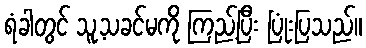
ရံခါတွင် သူ့သခင်မကို ကြည့်ပြီး ပြုံးပြသည်။